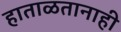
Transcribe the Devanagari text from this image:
हाताळतानाही